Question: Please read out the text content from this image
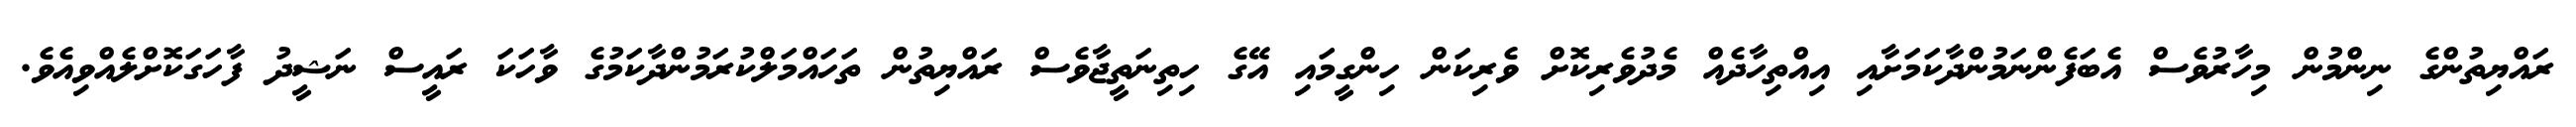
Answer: ރައްޔިތުންގެ ނިންމުން މިހާރުވެސް އެބަފެންނަމުންދާކަމަށާއި އިއްތިހާދެއް މެދުވެރިކޮށް ވެރިކަން ހިންގީމައި އޭގެ ހިތިނަތީޖާވެސް ރައްޔިތުން ތަހައްމަލްކުރަމުންދާކަމުގެ ވާހަކަ ރައީސް ނަޝީދު ފާހަގަކޮށްލެއްވިއެވެ.